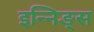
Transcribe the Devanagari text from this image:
इन्निङ्स